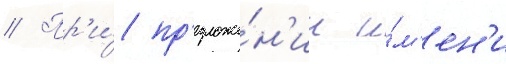
// Пр'и́ пр'едложе́н'ии и́м'ен'и